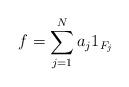
LaTeX: \begin{align*} f=\sum_{j=1}^N a_j 1_{F_j}\end{align*}